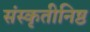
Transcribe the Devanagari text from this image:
संस्कृतीनिष्ठ